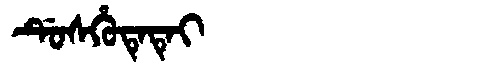
Manchu: ᡩᡠᠰᡥᡠᡨᡝᡨᡝᡳ
Romanization: DUSHUTETEI